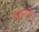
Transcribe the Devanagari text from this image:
वृत्तपत्री